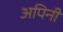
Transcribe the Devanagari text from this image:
अपिनी